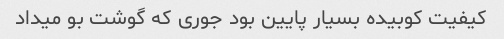
کیفیت کوبیده بسیار پایین بود جوری که گوشت بو میداد